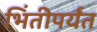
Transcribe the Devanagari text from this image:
भिंतीपर्यंत